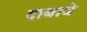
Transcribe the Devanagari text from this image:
दाबावे